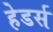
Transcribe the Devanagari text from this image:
हेडर्स